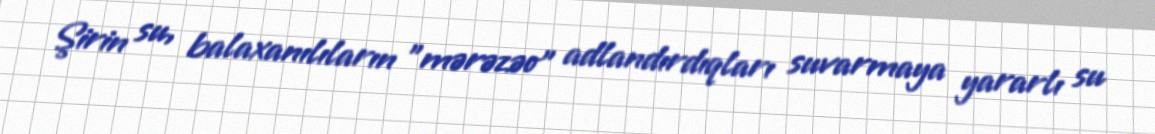
Şirin su, balaxanılıların ”mərəzəo" adlandırdıqları suvarmaya yararlı su